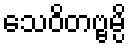
သေဝိတဗ္ဗမ္ပိ